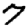
Digit: 7